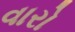
વારો